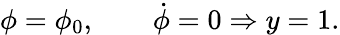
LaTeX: {\phi=\phi_{0},\qquad\dot{\phi}=0\Rightarrow y=1.}